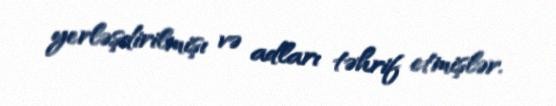
yerləşdirilmişı və adları təhrif etmişlər.